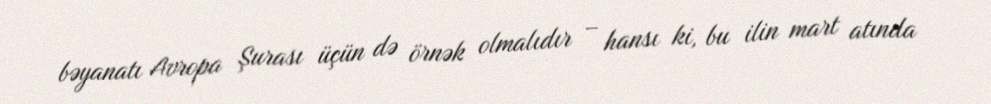
bəyanatı Avropa Şurası üçün də örnək olmalıdır – hansı ki, bu ilin mart atında